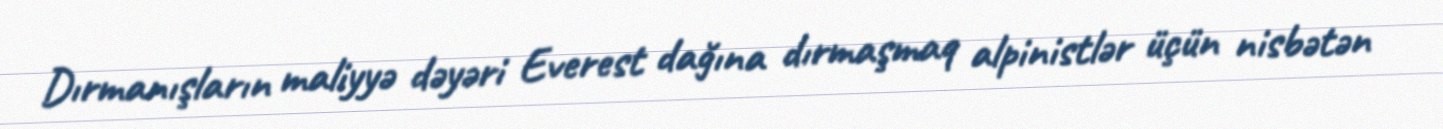
Dırmanışların maliyyə dəyəri Everest dağına dırmaşmaq alpinistlər üçün nisbətən